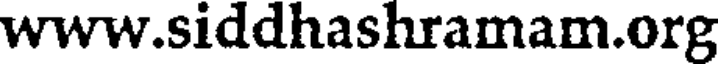
www.siddhashramam.org